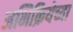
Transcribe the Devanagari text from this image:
अभिक्रियेच्या